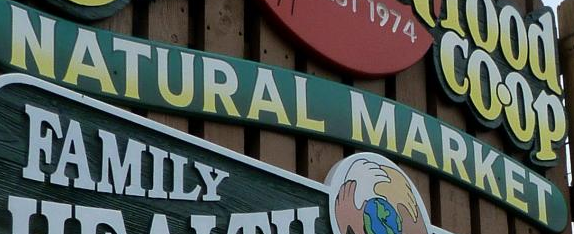
NATURAL MARKET